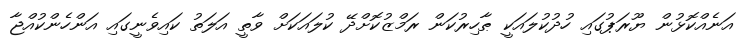
އަނެއްކޮޅުން ޔޫރަޕުގައި ހުދުކުލައަކީ ޠާހިރުކަން ރަމްޒުކޮށްދޭ ކުލައަކަށް ވާތީ އަލަތު ކައިވެނީގައި އަންހެންކުއްޖާ